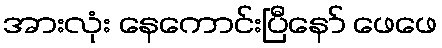
အားလုံး နေကောင်းပြီနော် ဖေဖေ